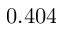
0 . 4 0 4